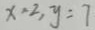
x = 2 , y = 7